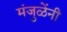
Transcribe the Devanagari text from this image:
मंजुळेंनी